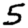
Digit: 5